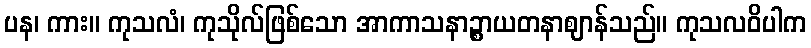
ပန၊ ကား။ ကုသလံ၊ ကုသိုလ်ဖြစ်သော အာကာသနာဉ္စာယတနာဈာန်သည်။ ကုသလဝိပါက